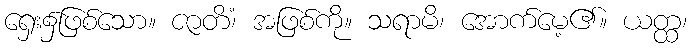
ရှေး၌ဖြစ်သော။ ဇာတိံ၊ အဖြစ်ကို။ သရာမိ၊ အောက်မေ့၏။ ယတ္ထ၊